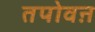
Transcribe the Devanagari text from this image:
तपोवऩ